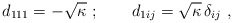
\begin{align*}d_{111}=-\sqrt{\kappa }\ ;\qquad d_{1ij}=\sqrt{\kappa }\,\delta _{ij}\ ,\end{align*}